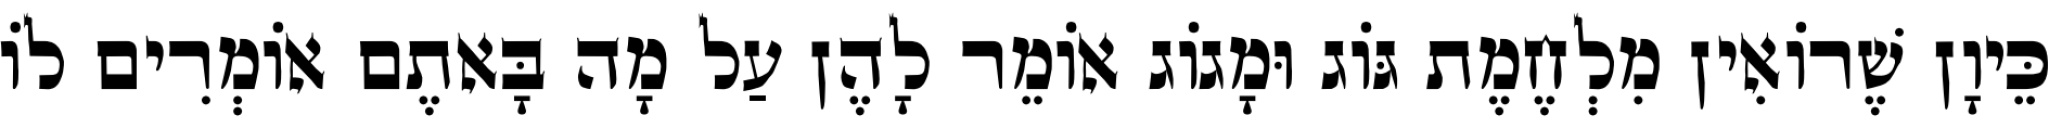
כֵּיוָן שֶׁרוֹאִין מִלְחֶמֶת גּוֹג וּמָגוֹג אוֹמֵר לָהֶן עַל מָה בָּאתֶם אוֹמְרִים לוֹ